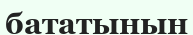
бататынын